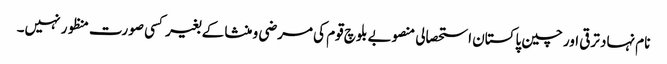
نام نہاد ترقی اور چین پاکستان استحصالی منصوبے بلوچ قوم کی مرضی و منشا کے بغیر کسی صورت منظور نہیں۔